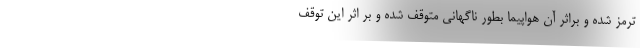
ترمز شده و براثر آن هواپیما بطور ناگهانی متوقف شده و بر اثر این توقف